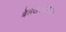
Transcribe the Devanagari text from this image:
बेलखरनाथधाम